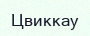
Цвиккау